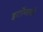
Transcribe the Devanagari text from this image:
इटॉप्सची